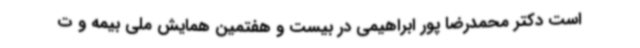
است دکتر محمدرضا پور ابراهیمی در بیست و هفتمین همایش ملی بیمه و ت